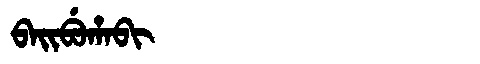
Manchu: ᠪᠠᡳᠪᡠᡥᠠᠪᡳ
Romanization: BAIBUHABI